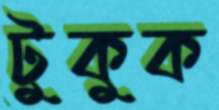
টুকুক